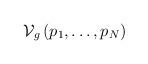
LaTeX: \begin{align*}\mathcal{V}_{g}\left( p_{1},\ldots ,p_{N}\right)\end{align*}